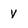
Character: Y